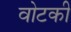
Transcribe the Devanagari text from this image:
वोटकी